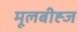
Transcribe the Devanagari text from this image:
मूलबीह्ज